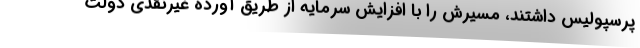
پرسپولیس داشتند، مسیرش را با افزایش سرمایه از طریق آورده غیرنقدی دولت